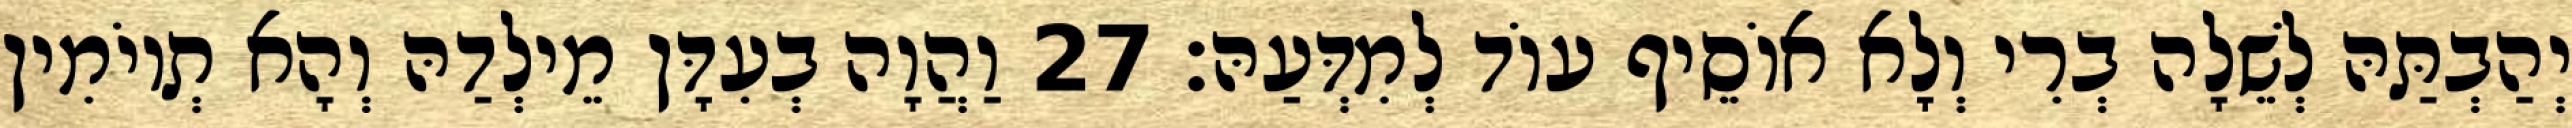
יְהַבְתַּהּ לְשֵׁלָה בְרִי וְלָא אוֹסֵיף עוֹד לְמִדְּעַהּ׃ 27 וַהֲוָה בְעִדָּן מֵילְדַהּ וְהָא תְיוֹמִין